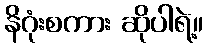
နိဂုံးစကား ဆိုပါရဲ့။